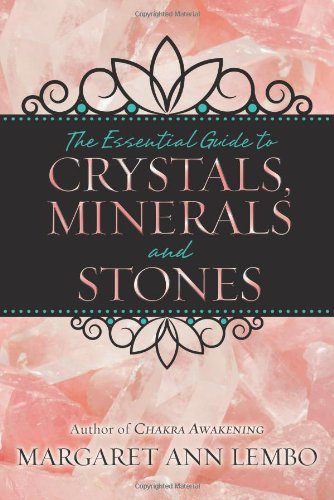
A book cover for The Essential Guide to Crystals, Minerals and Stones; Margaret Ann Lembo; Science & Math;